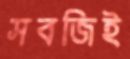
সবজিই